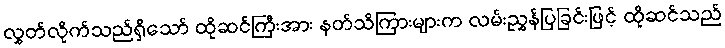
လွှတ်လိုက်သည်ရှိသော် ထိုဆင်ကြီးအား နတ်သိကြားများက လမ်းညွှန်ပြခြင်းဖြင့် ထိုဆင်သည်